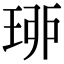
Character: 𤥗